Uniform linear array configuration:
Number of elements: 32
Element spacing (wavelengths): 1
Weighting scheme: exponential
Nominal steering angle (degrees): -30
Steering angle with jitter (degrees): -31.806
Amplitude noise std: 0.05
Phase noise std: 0.05

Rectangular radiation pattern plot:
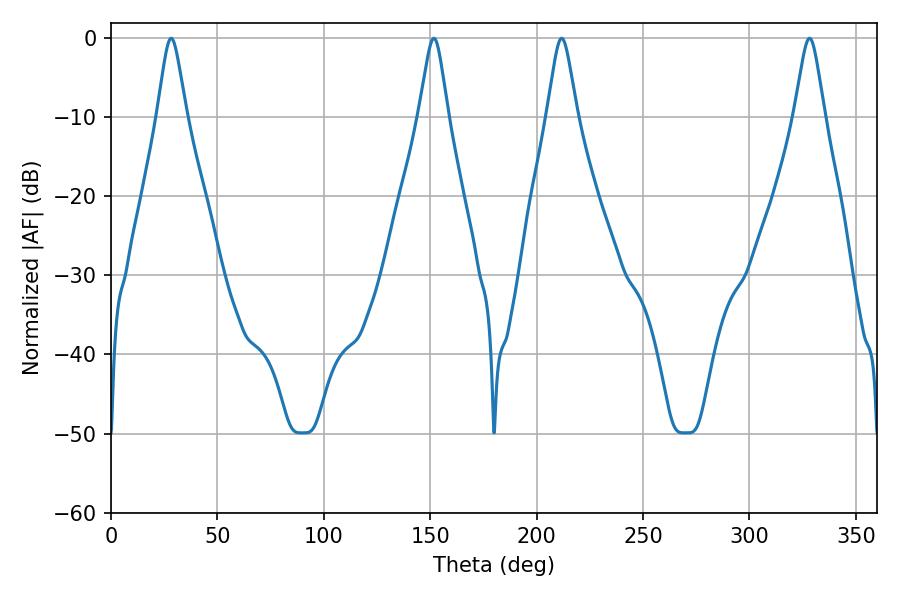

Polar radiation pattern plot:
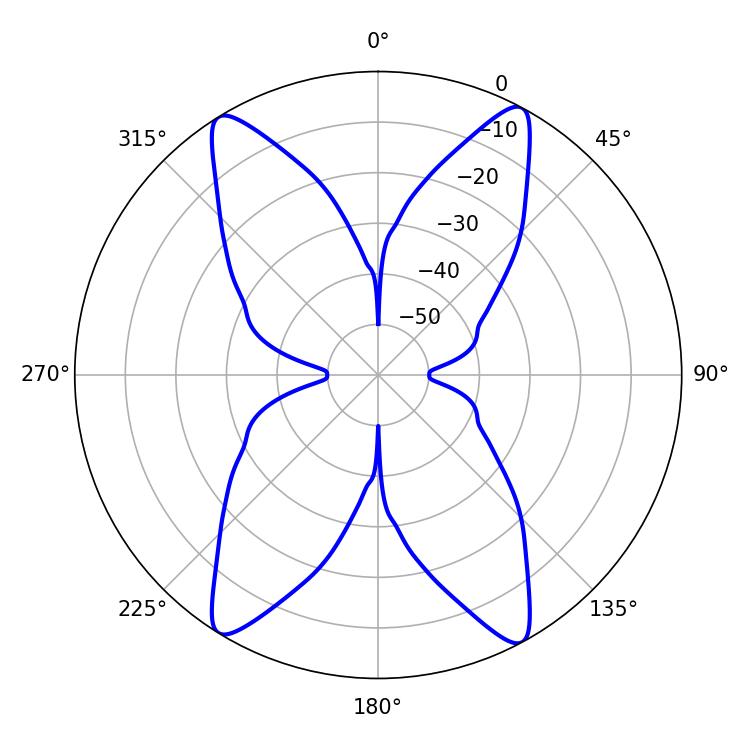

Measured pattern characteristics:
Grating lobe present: TRUE
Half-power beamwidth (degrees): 6.66
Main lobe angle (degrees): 28.26